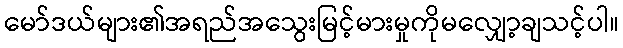
မော်ဒယ်များ၏အရည်အသွေးမြင့်မားမှုကိုမလျှော့ချသင့်ပါ။